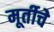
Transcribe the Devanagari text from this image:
मूर्तीचेे